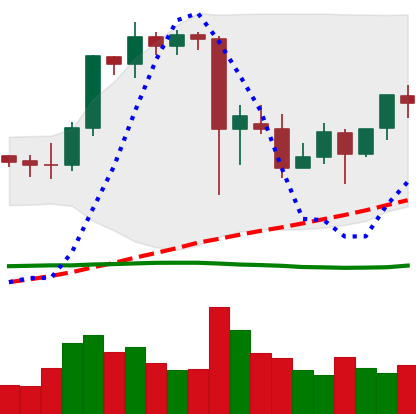
Ticker: ETH-USD
Chart end date: 2021-09-16
Forward return: -22.593%
Label: down_7plus